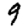
Digit: 9